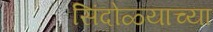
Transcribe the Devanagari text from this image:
सिंदोळ्याच्या